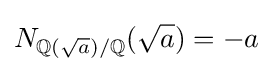
N_{\mathbb {Q} ({\sqrt {a}})/\mathbb {Q} }({\sqrt {a}})=-a